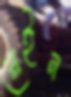
স্লেইন